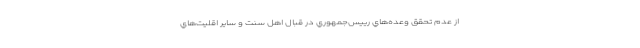
از عدم تحقق وعده‌هاي رييس‌جمهوري در قبال اهل سنت و ساير اقليت‌هاي